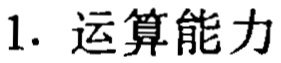
1. 运算能力